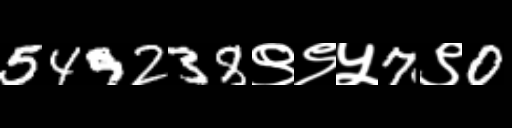
Text: 549238९९५7९0